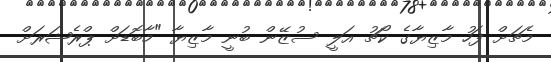
މެޗަށް ފަހު މާޒިޔާގެ ކޯޗު އަލީ ސުޒޭން ބުނީ މާޒިޔާ "މާބޮޑަށް ޕްރެޝަރަށް